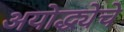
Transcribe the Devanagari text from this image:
अयोद्ध्येचे